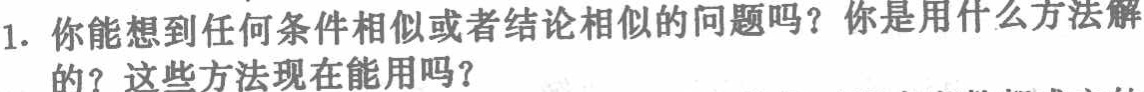
1. 你能想到任何条件相似或者结论相似的问题吗？你是用什么方法解的？这些方法现在能用吗？